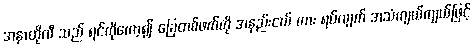
အနာတိုလီ သည် ရင်ကိုကော့၍ ခြေတစ်ဖက်ကို အနည်းငယ် ကား ရပ်လျက် အသံကျယ်ကျယ်ဖြင့်